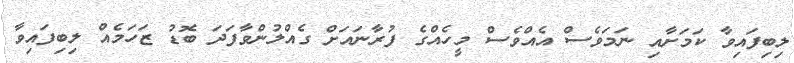
ލިބިފައިވާ ކަމަށާއި ނަމަވެސް އެއްވެސް މީހެއްގެ ފުރާނައަށް ގެއްލުންވާފަދަ ބޮޑު ޒަހަމެއް ލިބިފައިވާ